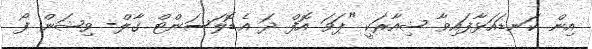
އިން ކަނޑައަޅާފައިވާ ޝިއާރަކީ "ޕަވަ އޮފް ދަ އެޑޮލަސަންޓް ގާލް- ވިޝަން ފޯ